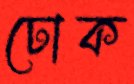
ঢোক